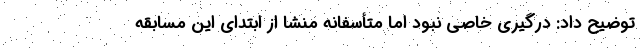
توضیح داد: درگیری خاصی نبود اما متأسفانه منشا از ابتدای این مسابقه